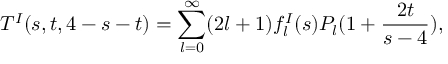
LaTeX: T ^ { I } ( s , t , 4 - s - t ) = \sum _ { l = 0 } ^ { \infty } ( 2 l + 1 ) f _ { l } ^ { I } ( s ) P _ { l } ( 1 + { \frac { 2 t } { s - 4 } } ) ,